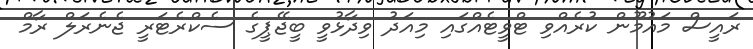
ރައީސް މައުމޫން ކުރެއްވި ޓްވީޓެއްގައި މިއަދު ވިދާޅުވީ ބީޖޭޕީގެ ސެކްރެޓަރީ ޖެނެރަލް ރާމް